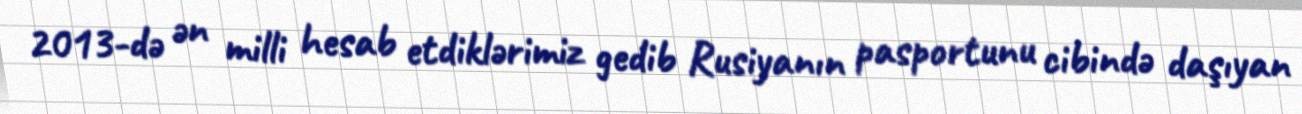
2013-də ən milli hesab etdiklərimiz gedib Rusiyanın pasportunu cibində daşıyan